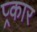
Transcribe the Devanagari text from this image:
प्र्कार